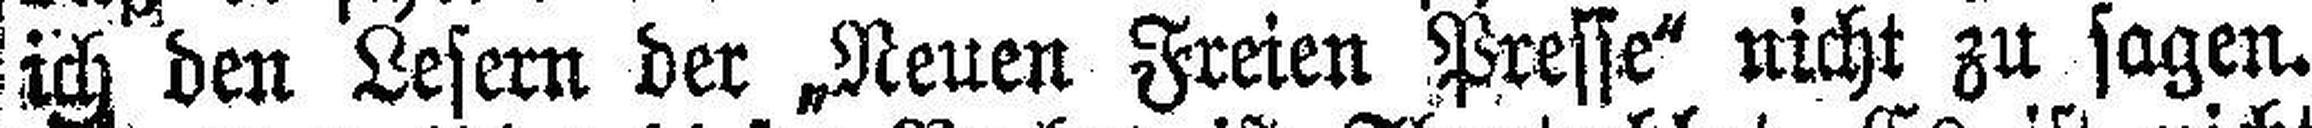
ich den Lesern der „Neuen Freien Presse“ nicht zu sagen.